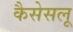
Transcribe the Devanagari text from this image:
कैसेसलू